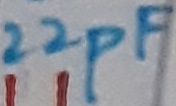
Text: 22pF